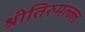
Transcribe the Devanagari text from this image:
श्रीतिरुमल्ल्ल